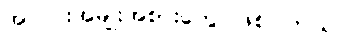
အလင်းအမျိုးအစားတွေ ဖြစ်ပါတယ်။